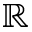
{ \mathbb R }